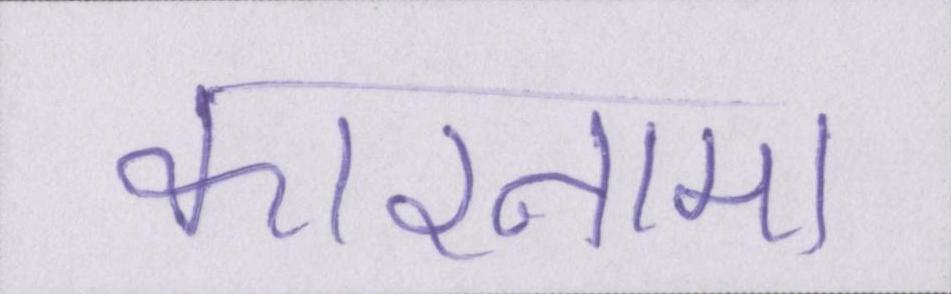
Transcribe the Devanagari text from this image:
कारनामा